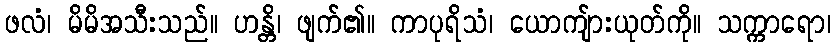
ဖလံ၊ မိမိအသီးသည်။ ဟန္တိ၊ ဖျက်၏။ ကာပုရိသံ၊ ယောကျ်ားယုတ်ကို။ သက္ကာရော၊